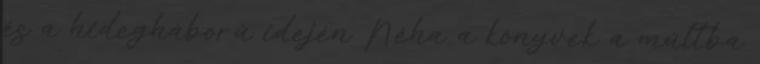
és a hidegháború idején Néha a könyvek a múltba